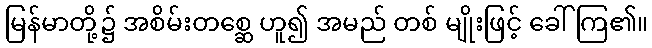
မြန်မာတို့၌ အစိမ်းတစ္ဆေ ဟူ၍ အမည် တစ် မျိုးဖြင့် ခေါ်ကြ၏။